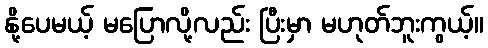
နို့ပေမယ့် မပြောလို့လည်း ပြီးမှာ မဟုတ်ဘူးကွယ့်။